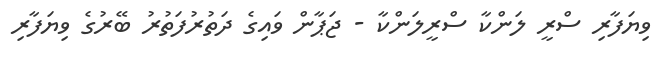
ވިޔަފާރި ސްރީ ލަންކާ ސްރީލަންކާ - ޖަޕާން ވައިގެ ދަތުރުފަތުރު ބޭރުގެ ވިޔަފާރި